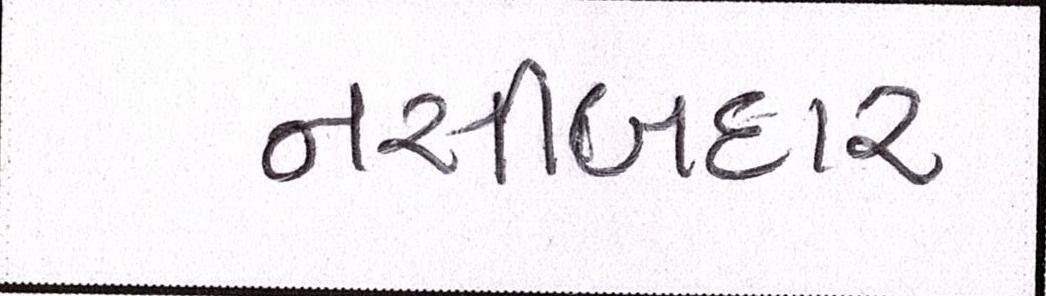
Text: નસીબદાર